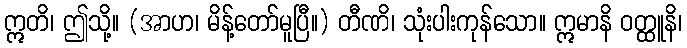
ဣတိ၊ ဤသို့။ (အာဟ၊ မိန့်တော်မူပြီ။) တီဏိ၊ သုံးပါးကုန်သော။ ဣမာနိ ဝတ္ထူနိ၊